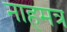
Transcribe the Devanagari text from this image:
नाहमत्र